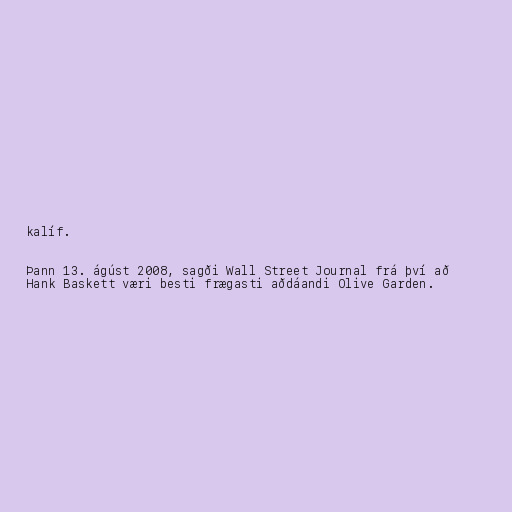
kalíf.

Þann 13. ágúst 2008, sagði Wall Street Journal frá því að
Hank Baskett væri besti frægasti aðdáandi Olive Garden.